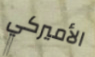
الأميركي